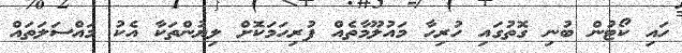
ހައި ކޯޓުން ބުނި ގޮތުގައި ހުރިހާ މައުލޫމާތެއް ފުރިހަމަކޮށް ލިޔުންތަކާ އެކު މައްސަލަތައް